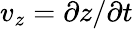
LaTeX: v_{z}=\partial z/\partial t